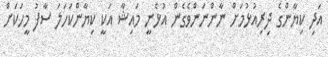
އަދި ކިޔާންގެ ދިރިއުޅުމަށް ނާންނަންވެގެން އުޅެނީ މައިޝާ އަކީ ކިޔާންކަހަލަ ސާފު މީހަކަށް